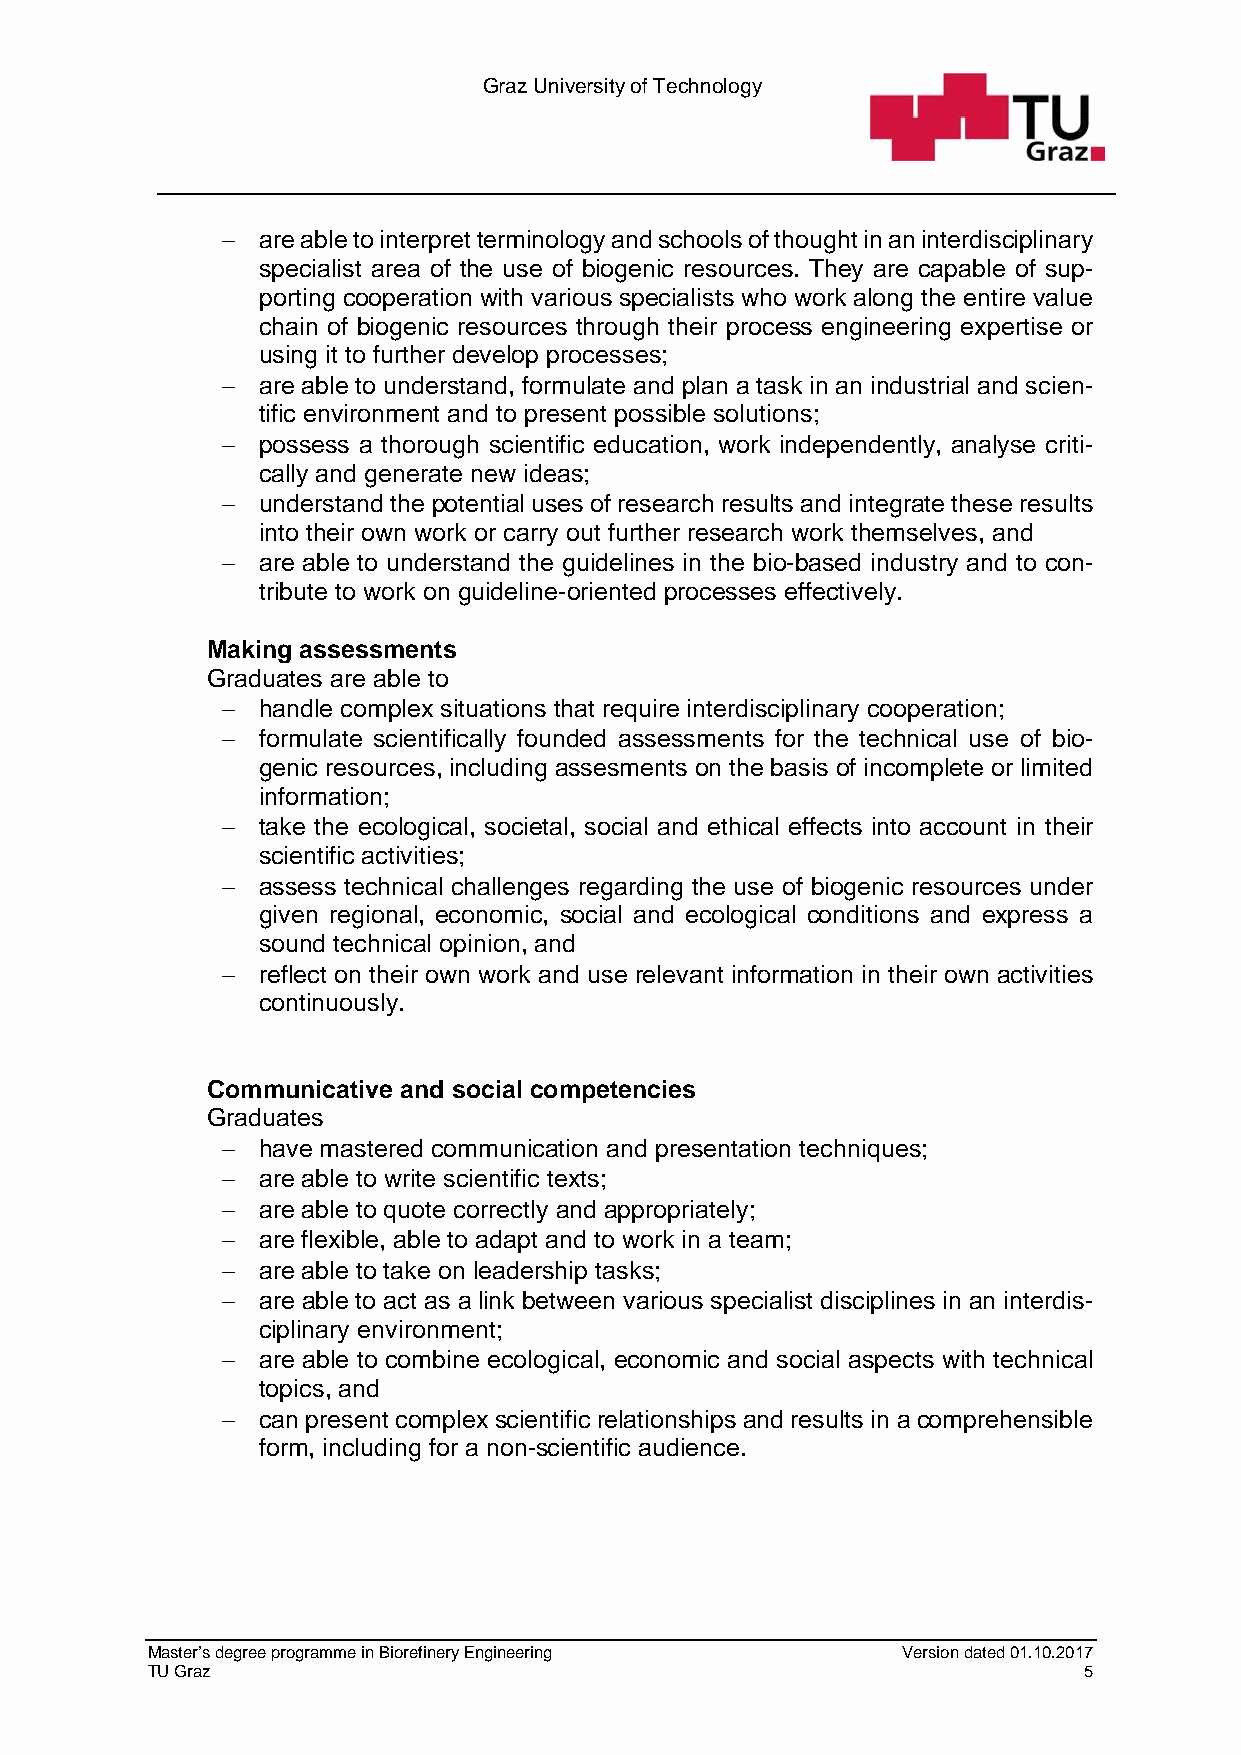
Graz University of Technology
 − are able to interpret terminology and schools of thought in an interdisciplinary
 specialist area of the use of biogenic resources. They are capable of sup-
 porting cooperation with various specialists who work along the entire value
 chain of biogenic resources through their process engineering expertise or
 using it to further develop processes;
 − are able to understand, formulate and plan a task in an industrial and scien-
 tific environment and to present possible solutions;
 − possess a thorough scientific education, work independently, analyse criti-
 cally and generate new ideas;
 − understand the potential uses of research results and integrate these results
 into their own work or carry out further research work themselves, and
 − are able to understand the guidelines in the bio-based industry and to con-
 tribute to work on guideline-oriented processes effectively.
 Making assessments
 Graduates are able to
 − handle complex situations that require interdisciplinary cooperation;
 − formulate scientifically founded assessments for the technical use of bio-
 genic resources, including assesments on the basis of incomplete or limited
 information;
 − take the ecological, societal, social and ethical effects into account in their
 scientific activities;
 − assess technical challenges regarding the use of biogenic resources under
 given regional, economic, social and ecological conditions and express a
 sound technical opinion, and
 − reflect on their own work and use relevant information in their own activities
 continuously.
 Communicative and social competencies
 Graduates
 − have mastered communication and presentation techniques;
 − are able to write scientific texts;
 − are able to quote correctly and appropriately;
 − are flexible, able to adapt and to work in a team;
 − are able to take on leadership tasks;
 − are able to act as a link between various specialist disciplines in an interdis-
 ciplinary environment;
 − are able to combine ecological, economic and social aspects with technical
 topics, and
 − can present complex scientific relationships and results in a comprehensible
 form, including for a non-scientific audience.
 Master’s degree programme in Biorefinery Engineering Version dated 01.10.2017
 TU Graz                                                       5